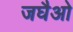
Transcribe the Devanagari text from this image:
जघैओ